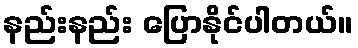
နည်းနည်း ပြောနိုင်ပါတယ်။